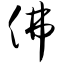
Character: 佛